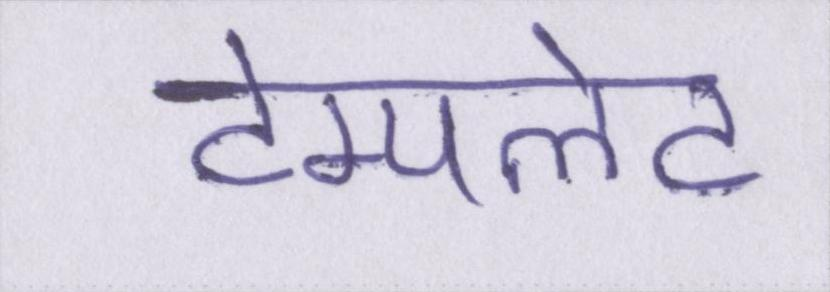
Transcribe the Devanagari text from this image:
टेम्पलेट